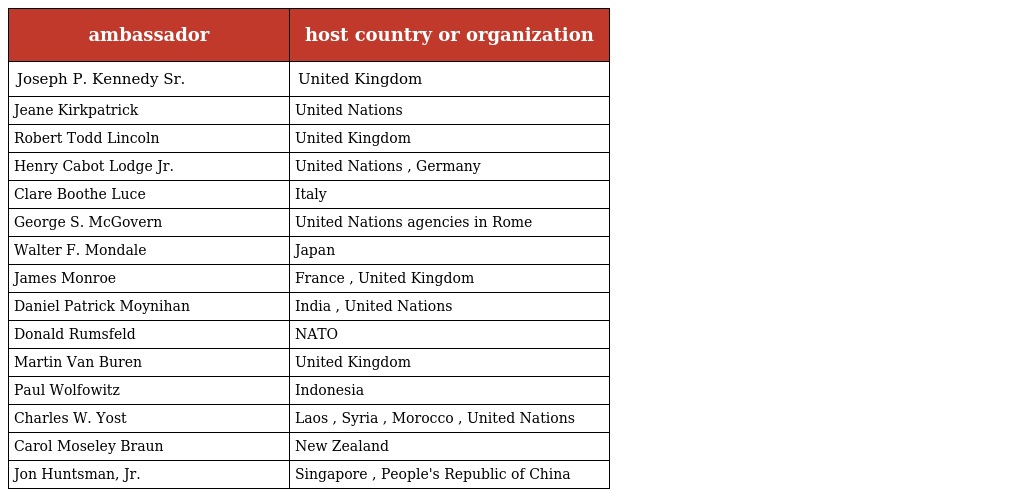
| ambassador | host country or organization |
 | --- | --- |
 | Joseph P. Kennedy Sr. | United Kingdom |
 | Jeane Kirkpatrick | United Nations |
 | Robert Todd Lincoln | United Kingdom |
 | Henry Cabot Lodge Jr. | United Nations , Germany |
 | Clare Boothe Luce | Italy |
 | George S. McGovern | United Nations agencies in Rome |
 | Walter F. Mondale | Japan |
 | James Monroe | France , United Kingdom |
 | Daniel Patrick Moynihan | India , United Nations |
 | Donald Rumsfeld | NATO |
 | Martin Van Buren | United Kingdom |
 | Paul Wolfowitz | Indonesia |
 | Charles W. Yost | Laos , Syria , Morocco , United Nations |
 | Carol Moseley Braun | New Zealand |
 | Jon Huntsman, Jr. | Singapore , People's Republic of China |